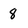
Character: 8